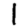
Digit: 1